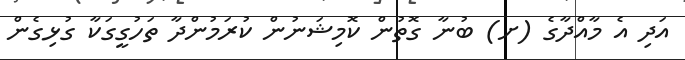
އަދި އެ މާއްދާގެ (ށ) ބުނާ ގޮތުން ކޮމިޝަނުން ކުރަމުންދާ ތަހުގީގަކާ ގުޅިގެން